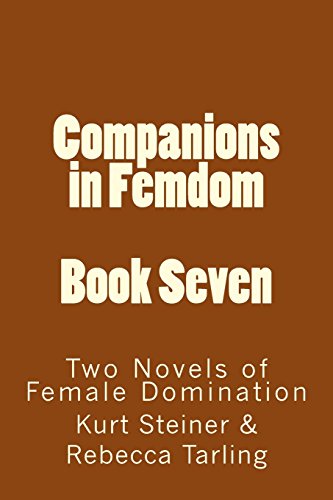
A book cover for Companions in Femdom - Book Seven: Two Novels of Female Domination (Volume 7); Stephen Glover; Romance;